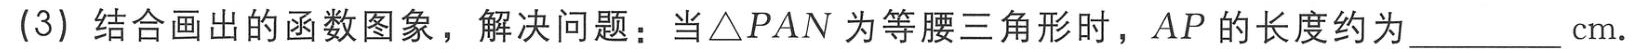
(3) 结合画出的函数图象，解决问题：当\(\triangle PAN\)为等腰三角形时，\(AP\)的长度约为________\(cm\).